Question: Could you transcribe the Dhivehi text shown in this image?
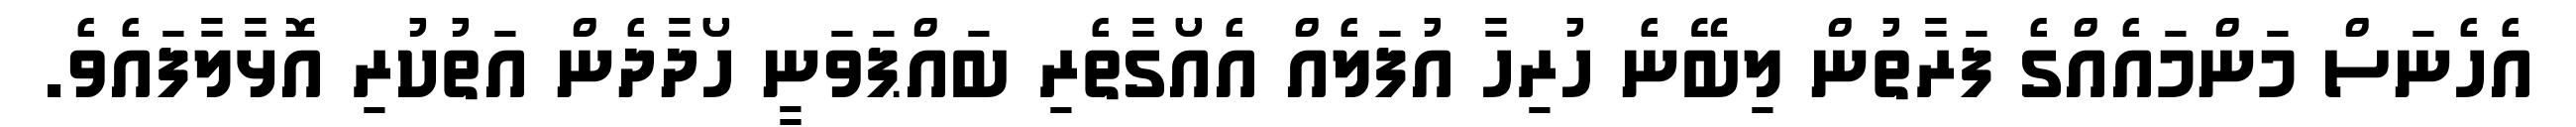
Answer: އެހެނަސް މަންމައެއްގެ ފަރާތުން ލިބޭނެ ހުރިހާ އުފަލެއް އެއޯގާތެރި ބައްޕަވަނީ ހޯދާދެން އަތުކުރި އޮޅާލާފައެވެ.